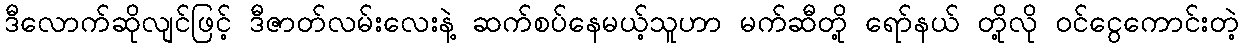
ဒီလောက်ဆိုလျင်ဖြင့် ဒီဇာတ်လမ်းလေးနဲ့ ဆက်စပ်နေမယ့်သူဟာ မက်ဆီတို့ ရော်နယ် တို့လို ဝင်ငွေကောင်းတဲ့